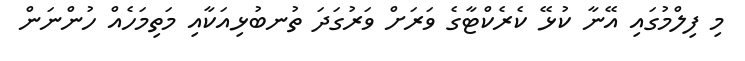
މި ފިލްމުގައި އޭނާ ކުޅޭ ކެރެކްޓާގެ ވަރަށް ވަރުގަދަ ތުނބުޅިއަކާއި މަތިމަހެއް ހުންނަން